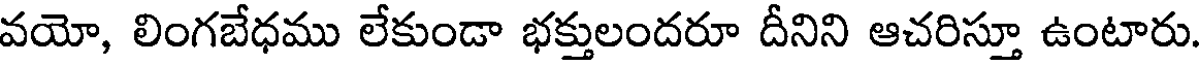
వయో, లింగబేధము లేకుండా భక్తులందరూ దీనిని ఆచరిస్తూ ఉంటారు